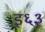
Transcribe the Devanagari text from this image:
इ६३